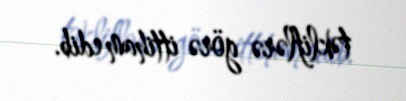
təkliflərə görə ittiham edib.